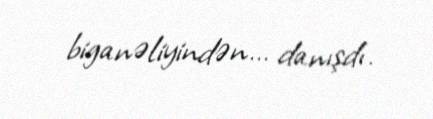
biganəliyindən... danışdı.